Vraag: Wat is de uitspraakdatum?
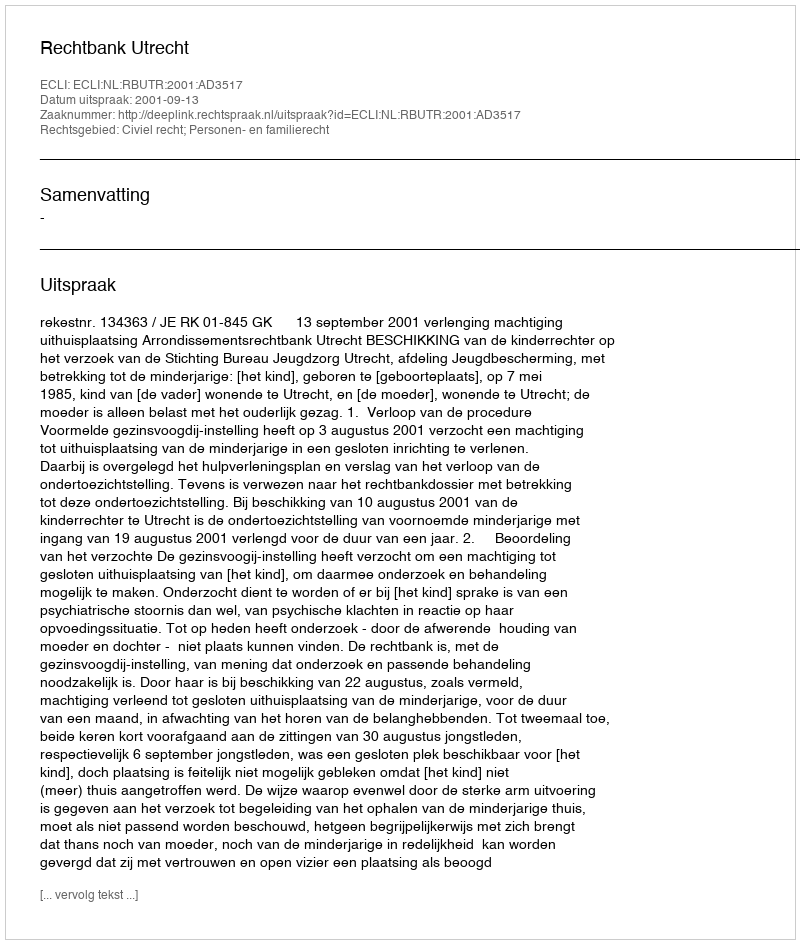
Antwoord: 2001-09-13